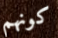
كونهم